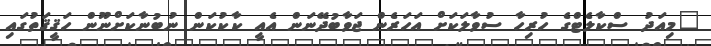
"މިއަދު ސްކާލެޓްގެ ހުރިހާ ސުވާލަކަށް އަހަރެން ޖަވާބުދޭނަން އެއީ ކާކުކަން ނުބުނާކަށްނޫން ހަޤީޤަތުގައި